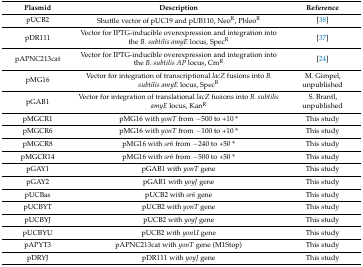
| Plasmid | Description | Reference |
 | --- | --- | --- |
 | pUCB2 | Shuttle vector of pUC19 and pUB110, NeoR, PhleoR | [38] |
 | pDR111 | Vector for IPTG-inducible overexpression and integration into the B. subtilis amyE locus, SpecR | [37] |
 | pAPNC213cat | Vector for IPTG-inducible overexpression and integration into the B. subtilis AP locus, CmR | [24] |
 | pMG16 | Vector for integration of transcriptional lacZ fusions into B. subtilis amyE locus, SpecR | M. Gimpel, unpublished |
 | pGAB1 | Vector for integration of translational lacZ fusions into B. subtilis amyE locus, KanR | S. Brantl, unpublished |
 | pMGCR1 | pMG16 with yonT from −500 to +10 * | This study |
 | pMGCR6 | pMG16 with yonT from −100 to +10 * | This study |
 | pMGCR8 | pMG16 with sr6 from −240 to +50 * | This study |
 | pMGCR14 | pMG16 with sr6 from −500 to +50 * | This study |
 | pGAY1 | pGAB1 with yonT gene | This study |
 | pGAY2 | pGAB1 with yoyJ gene | This study |
 | pUCBas | pUCB2 with sr6 gene | This study |
 | pUCBYT | pUCB2 with yonT gene | This study |
 | pUCBYJ | pUCB2 with yoyJ gene | This study |
 | pUCBYU | pUCB2 with yonU gene | This study |
 | pAPYT3 | pAPNC213cat with yonT gene (M1Stop) | This study |
 | pDRYJ | pDR111 with yoyJ gene | This study |